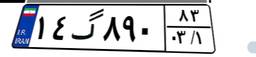
۱۴گ۸۹۰۸۳